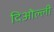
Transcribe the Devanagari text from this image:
दिओल्ली